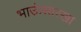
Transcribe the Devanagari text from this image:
भाऊंसारखा